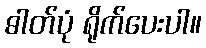
ဓါတ်ပုံ ရိုက်ပေးပါ။